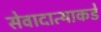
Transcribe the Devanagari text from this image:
सेवादात्याकडे